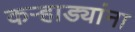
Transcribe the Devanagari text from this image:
कऱ्हाड्यांना